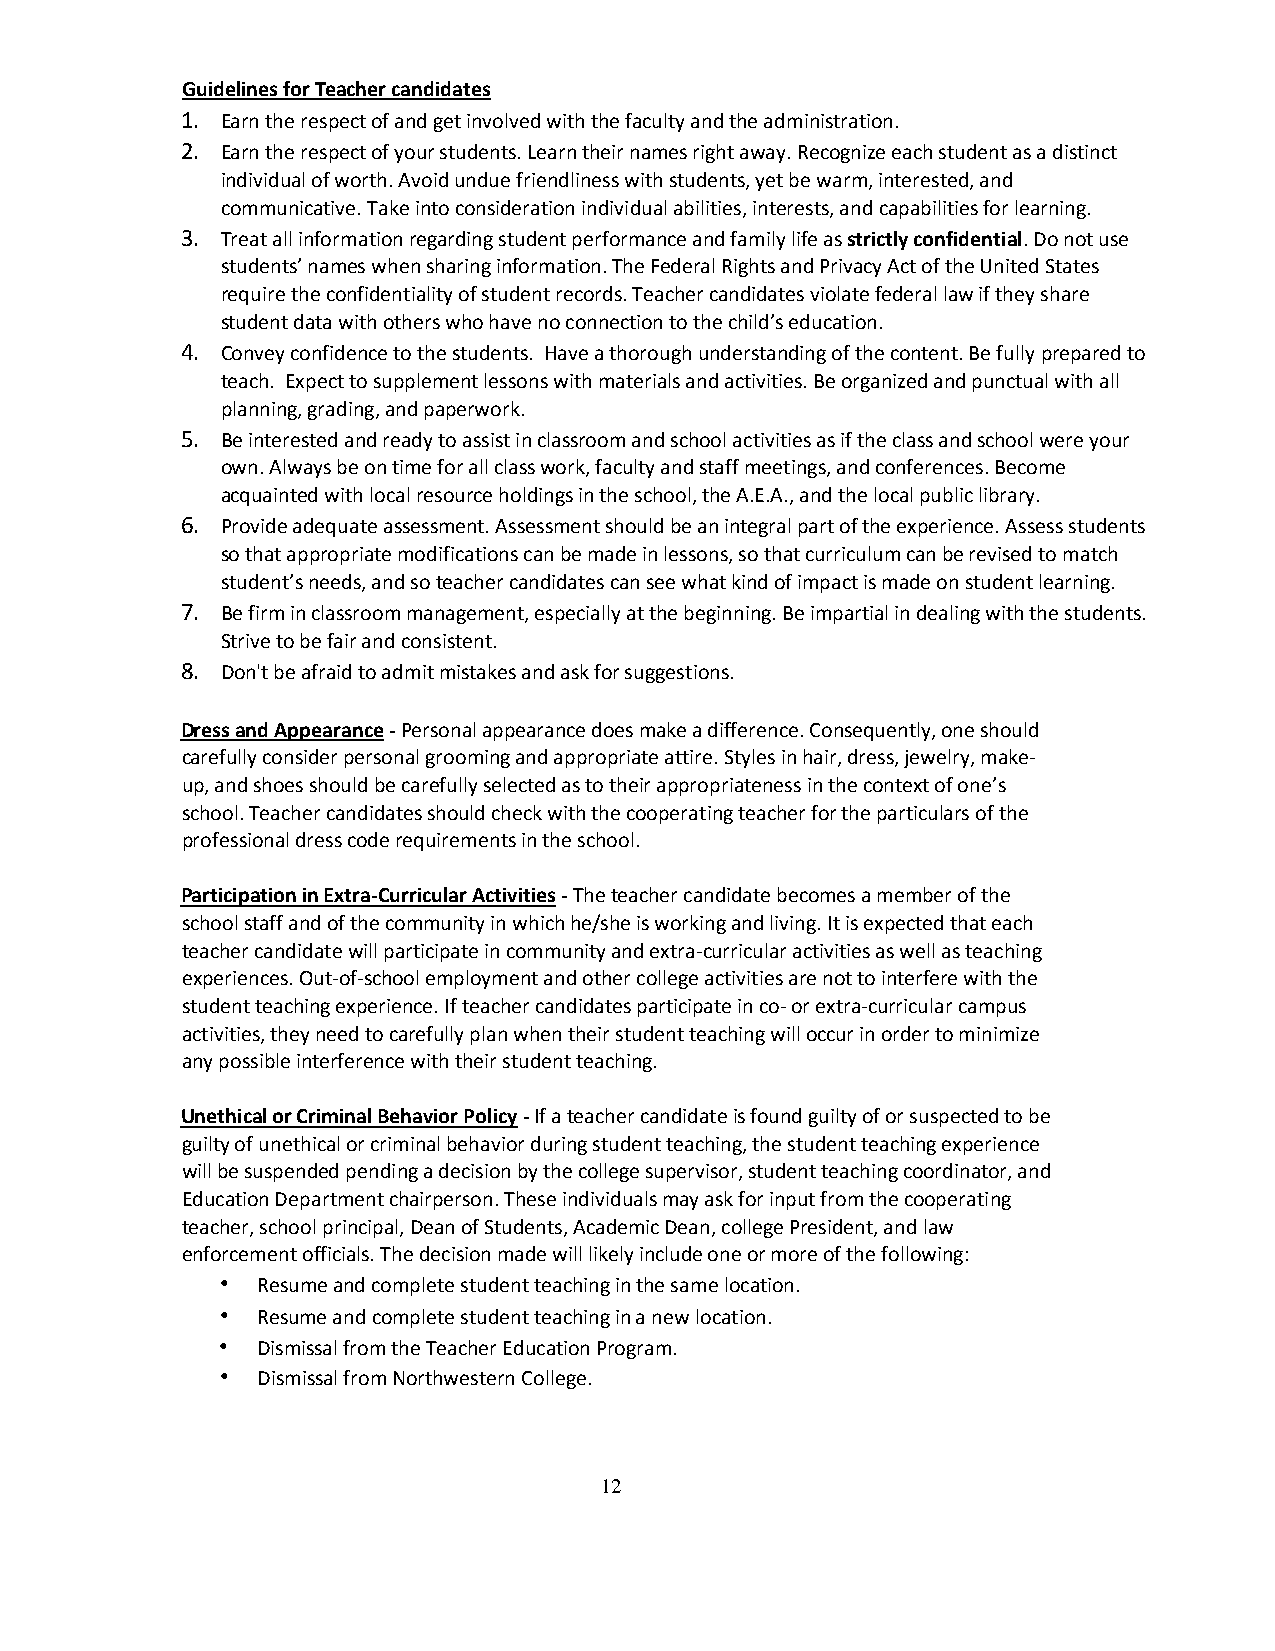
Guidelines for Teacher candidates
 1. Earn the respect of and get involved with the faculty and the administration.
 2. Earn the respect of your students. Learn their names right away. Recognize each student as a distinct
 individual of worth. Avoid undue friendliness with students, yet be warm, interested, and
 communicative. Take into consideration individual abilities, interests, and capabilities for learning.
 3. Treat all information regarding student performance and family life as strictly confidential. Do not use
 students’ names when sharing information. The Federal Rights and Privacy Act of the United States
 require the confidentiality of student records. Teacher candidates violate federal law if they share
 student data with others who have no connection to the child’s education.
 4. Convey confidence to the students. Have a thorough understanding of the content. Be fully prepared to
 teach. Expect to supplement lessons with materials and activities. Be organized and punctual with all
 planning, grading, and paperwork.
 5. Be interested and ready to assist in classroom and school activities as if the class and school were your
 own. Always be on time for all class work, faculty and staff meetings, and conferences. Become
 acquainted with local resource holdings in the school, the A.E.A., and the local public library.
 6. Provide adequate assessment. Assessment should be an integral part of the experience. Assess students
 so that appropriate modifications can be made in lessons, so that curriculum can be revised to match
 student’s needs, and so teacher candidates can see what kind of impact is made on student learning.
 7. Be firm in classroom management, especially at the beginning. Be impartial in dealing with the students.
 Strive to be fair and consistent.
 8. Don't be afraid to admit mistakes and ask for suggestions.
 Dress and Appearance - Personal appearance does make a difference. Consequently, one should
 carefully consider personal grooming and appropriate attire. Styles in hair, dress, jewelry, make-
 up, and shoes should be carefully selected as to their appropriateness in the context of one’s
 school. Teacher candidates should check with the cooperating teacher for the particulars of the
 professional dress code requirements in the school.
 Participation in Extra-Curricular Activities - The teacher candidate becomes a member of the
 school staff and of the community in which he/she is working and living. It is expected that each
 teacher candidate will participate in community and extra-curricular activities as well as teaching
 experiences. Out-of-school employment and other college activities are not to interfere with the
 student teaching experience. If teacher candidates participate in co- or extra-curricular campus
 activities, they need to carefully plan when their student teaching will occur in order to minimize
 any possible interference with their student teaching.
 Unethical or Criminal Behavior Policy - If a teacher candidate is found guilty of or suspected to be
 guilty of unethical or criminal behavior during student teaching, the student teaching experience
 will be suspended pending a decision by the college supervisor, student teaching coordinator, and
 Education Department chairperson. These individuals may ask for input from the cooperating
 teacher, school principal, Dean of Students, Academic Dean, college President, and law
 enforcement officials. The decision made will likely include one or more of the following:
 • Resume and complete student teaching in the same location.
 • Resume and complete student teaching in a new location.
 • Dismissal from the Teacher Education Program.
 • Dismissal from Northwestern College.
 12